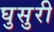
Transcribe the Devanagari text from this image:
घुसुरी